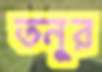
তনুর